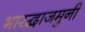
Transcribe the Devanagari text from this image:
भारद्वाजमुनी